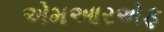
એમઆરએફ